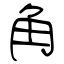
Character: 角